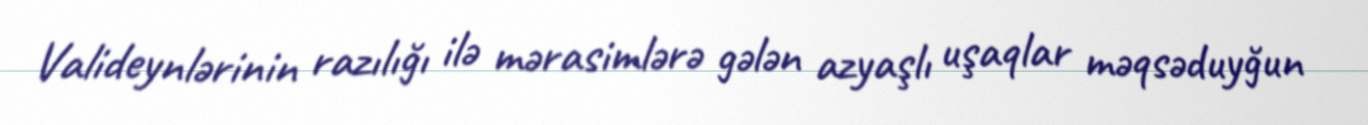
Valideynlərinin razılığı ilə mərasimlərə gələn azyaşlı uşaqlar məqsəduyğun